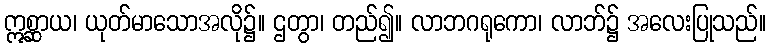
ဣစ္ဆာယ၊ ယုတ်မာသောအလို၌။ ဌတွာ၊ တည်၍။ လာဘဂရုကော၊ လာဘ်၌ အလေးပြုသည်။